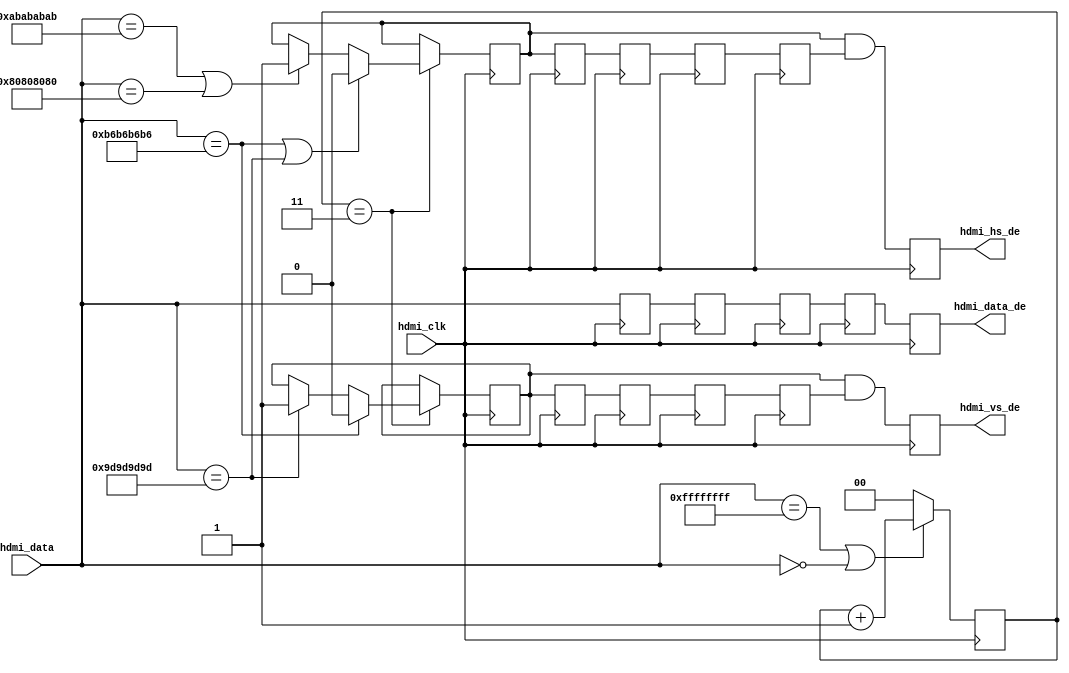
module axi_hdmi_rx_es (
  hdmi_clk,
  hdmi_data,
  hdmi_vs_de,
  hdmi_hs_de,
  hdmi_data_de);
  parameter   DATA_WIDTH = 32;
  localparam  BYTE_WIDTH = DATA_WIDTH/8;
  input                       hdmi_clk;
  input   [(DATA_WIDTH-1):0]  hdmi_data;
  output                      hdmi_vs_de;
  output                      hdmi_hs_de;
  output  [(DATA_WIDTH-1):0]  hdmi_data_de;
  reg     [(DATA_WIDTH-1):0]  hdmi_data_d = 'd0;
  reg                         hdmi_hs_de_rcv_d = 'd0;
  reg                         hdmi_vs_de_rcv_d = 'd0;
  reg     [(DATA_WIDTH-1):0]  hdmi_data_2d = 'd0;
  reg                         hdmi_hs_de_rcv_2d = 'd0;
  reg                         hdmi_vs_de_rcv_2d = 'd0;
  reg     [(DATA_WIDTH-1):0]  hdmi_data_3d = 'd0;
  reg                         hdmi_hs_de_rcv_3d = 'd0;
  reg                         hdmi_vs_de_rcv_3d = 'd0;
  reg     [(DATA_WIDTH-1):0]  hdmi_data_4d = 'd0;
  reg                         hdmi_hs_de_rcv_4d = 'd0;
  reg                         hdmi_vs_de_rcv_4d = 'd0;
  reg     [(DATA_WIDTH-1):0]  hdmi_data_de = 'd0;
  reg                         hdmi_hs_de = 'd0;
  reg                         hdmi_vs_de = 'd0;
  reg     [ 1:0]              hdmi_preamble_cnt = 'd0;
  reg                         hdmi_hs_de_rcv = 'd0;
  reg                         hdmi_vs_de_rcv = 'd0;
  wire    [(DATA_WIDTH-1):0]  hdmi_ff_s;
  wire    [(DATA_WIDTH-1):0]  hdmi_00_s;
  wire    [(DATA_WIDTH-1):0]  hdmi_b6_s;
  wire    [(DATA_WIDTH-1):0]  hdmi_9d_s;
  wire    [(DATA_WIDTH-1):0]  hdmi_ab_s;
  wire    [(DATA_WIDTH-1):0]  hdmi_80_s;
  assign hdmi_ff_s = {BYTE_WIDTH{8'hff}};
  assign hdmi_00_s = {BYTE_WIDTH{8'h00}};
  assign hdmi_b6_s = {BYTE_WIDTH{8'hb6}};
  assign hdmi_9d_s = {BYTE_WIDTH{8'h9d}};
  assign hdmi_ab_s = {BYTE_WIDTH{8'hab}};
  assign hdmi_80_s = {BYTE_WIDTH{8'h80}};
  always @(posedge hdmi_clk) begin
    hdmi_data_d <= hdmi_data;
    hdmi_hs_de_rcv_d <= hdmi_hs_de_rcv;
    hdmi_vs_de_rcv_d <= hdmi_vs_de_rcv;
    hdmi_data_2d <= hdmi_data_d;
    hdmi_hs_de_rcv_2d <= hdmi_hs_de_rcv_d;
    hdmi_vs_de_rcv_2d <= hdmi_vs_de_rcv_d;
    hdmi_data_3d <= hdmi_data_2d;
    hdmi_hs_de_rcv_3d <= hdmi_hs_de_rcv_2d;
    hdmi_vs_de_rcv_3d <= hdmi_vs_de_rcv_2d;
    hdmi_data_4d <= hdmi_data_3d;
    hdmi_hs_de_rcv_4d <= hdmi_hs_de_rcv_3d;
    hdmi_vs_de_rcv_4d <= hdmi_vs_de_rcv_3d;
    hdmi_data_de  <= hdmi_data_4d;
    hdmi_hs_de <= hdmi_hs_de_rcv & hdmi_hs_de_rcv_4d;
    hdmi_vs_de <= hdmi_vs_de_rcv & hdmi_vs_de_rcv_4d;
  end
  always @(posedge hdmi_clk) begin
    if ((hdmi_data == hdmi_ff_s) || (hdmi_data == hdmi_00_s)) begin
      hdmi_preamble_cnt <= hdmi_preamble_cnt + 1'b1;
    end else begin
      hdmi_preamble_cnt <= 'd0;
    end
    if (hdmi_preamble_cnt == 3'b11) begin
      if ((hdmi_data == hdmi_b6_s) || (hdmi_data == hdmi_9d_s)) begin
        hdmi_hs_de_rcv <= 1'b0;
      end else if ((hdmi_data == hdmi_ab_s) || (hdmi_data == hdmi_80_s)) begin
        hdmi_hs_de_rcv <= 1'b1;
      end
      if (hdmi_data == hdmi_b6_s) begin
        hdmi_vs_de_rcv <= 1'b0;
      end else if (hdmi_data == hdmi_9d_s) begin
        hdmi_vs_de_rcv <= 1'b1;
      end
    end
  end
endmodule